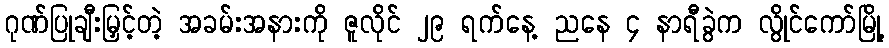
ဂုဏ်ပြုချီးမြှင့်တဲ့ အခမ်းအနားကို ဇူလိုင် ၂၉ ရက်နေ့ ညနေ ၄ နာရီခွဲက လွိုင်ကော်မြို့